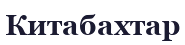
Китабахтар